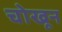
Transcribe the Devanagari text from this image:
चोखून